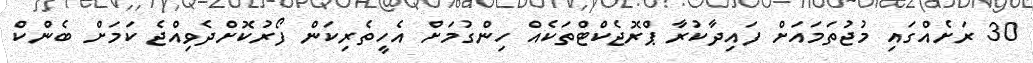
30 ރަށެއްގައި މުޖުތަމައަށް ފައިދާކުރާ ޕްރޮޖެކްޓްތަކެއް ހިންގުމަށް އެހީތެރިކަން ފޯރުކޮށްދެވިއްޖެ ކަމަށް ބެންކް